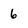
Character: 6